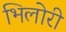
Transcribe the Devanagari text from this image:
भिलोरी